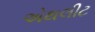
એથલીટ